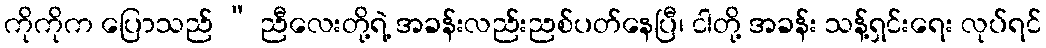
ကိုကိုက ပြောသည် “ ညီလေးတို့ရဲ့ အခန်းလည်းညစ်ပတ်နေပြီ၊ ငါတို့ အခန်း သန့်ရှင်းရေး လုပ်ရင်